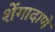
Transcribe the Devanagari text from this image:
शेंगादाणे